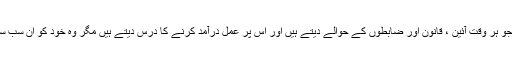
طاقتور افراد ، گروہ اور ادارے جو ہر وقت آئین ، قانون اور ضابطوں کے حوالے دیتے ہیں اور اس پر عمل درآمد کرنے کا درس دیتے ہیں مگر وہ خود کو ان سب سے بالاتر اورمبرا سمجھتے ہیں۔